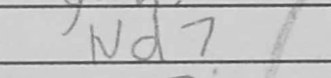
Transcription: Nd7